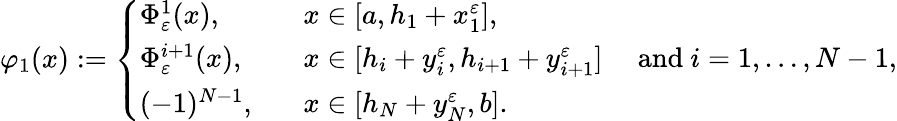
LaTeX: \varphi_{1}(x):=\left\{ \begin{array}{ll}{\Phi_{\varepsilon}^{1}(x),\qquad}&{x\in[a,h_{1}+x_{1}^{\varepsilon}],}\\ {\Phi_{\varepsilon}^{i+1}(x),}&{x\in[h_{i}+y_{i}^{\varepsilon},h_{i+1}+y_{i+1}^{\varepsilon}]\quad\mathrm{~and~}i=1,\dots,N-1,}\\ {(-1)^{N-1},}&{x\in[h_{N}+y_{N}^{\varepsilon},b].}\end{array}\right.